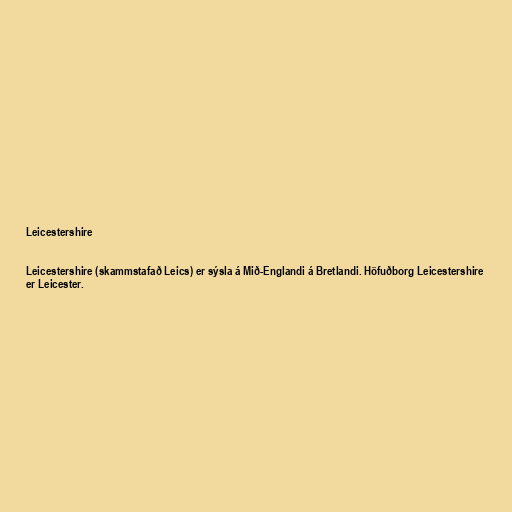
Leicestershire

Leicestershire (skammstafað Leics) er sýsla á Mið-Englandi á Bretlandi. Höfuðborg Leicestershire
er Leicester.